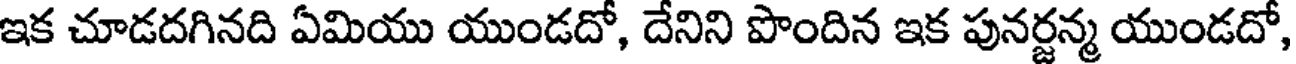
ఇక చూడదగినది ఏమియు యుండదో, దేనిని పొందిన ఇక పునర్జన్మ యుండదో,